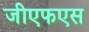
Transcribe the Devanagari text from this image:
जीएफएस